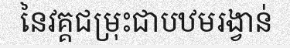
នៃវគ្គជម្រុះជាបឋមរង្វាន់